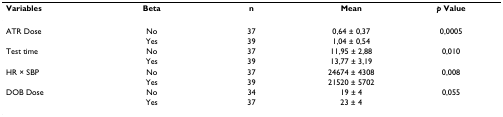
<table><thead><tr><td><b>Variables</b></td><td><b>Beta</b></td><td><b>n</b></td><td><b>Mean</b></td><td><b><i>p </i>Value</b></td></tr></thead><tbody><tr><td>ATR Dose</td><td>No</td><td>37</td><td>0,64 ± 0,37</td><td>0,0005</td></tr><tr><td></td><td>Yes</td><td>39</td><td>1,04 ± 0,54</td><td></td></tr><tr><td>Test time</td><td>No</td><td>37</td><td>11,95 ± 2,88</td><td>0,010</td></tr><tr><td></td><td>Yes</td><td>39</td><td>13,77 ± 3,19</td><td></td></tr><tr><td>HR × SBP</td><td>No</td><td>37</td><td>24674 ± 4308</td><td>0,008</td></tr><tr><td></td><td>Yes</td><td>39</td><td>21520 ± 5702</td><td></td></tr><tr><td>DOB Dose</td><td>No</td><td>34</td><td>19 ± 4</td><td>0,055</td></tr><tr><td></td><td>Yes</td><td>37</td><td>23 ± 4</td><td></td></tr></tbody></table>